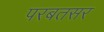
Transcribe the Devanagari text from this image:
परबतसर